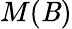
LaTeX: M(\mathit{B})